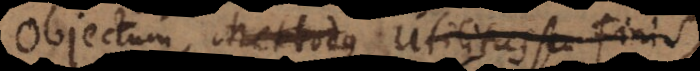
Objectum, Methodus Utilitas seu Fin